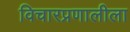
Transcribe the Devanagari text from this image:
विचारप्रणालीला